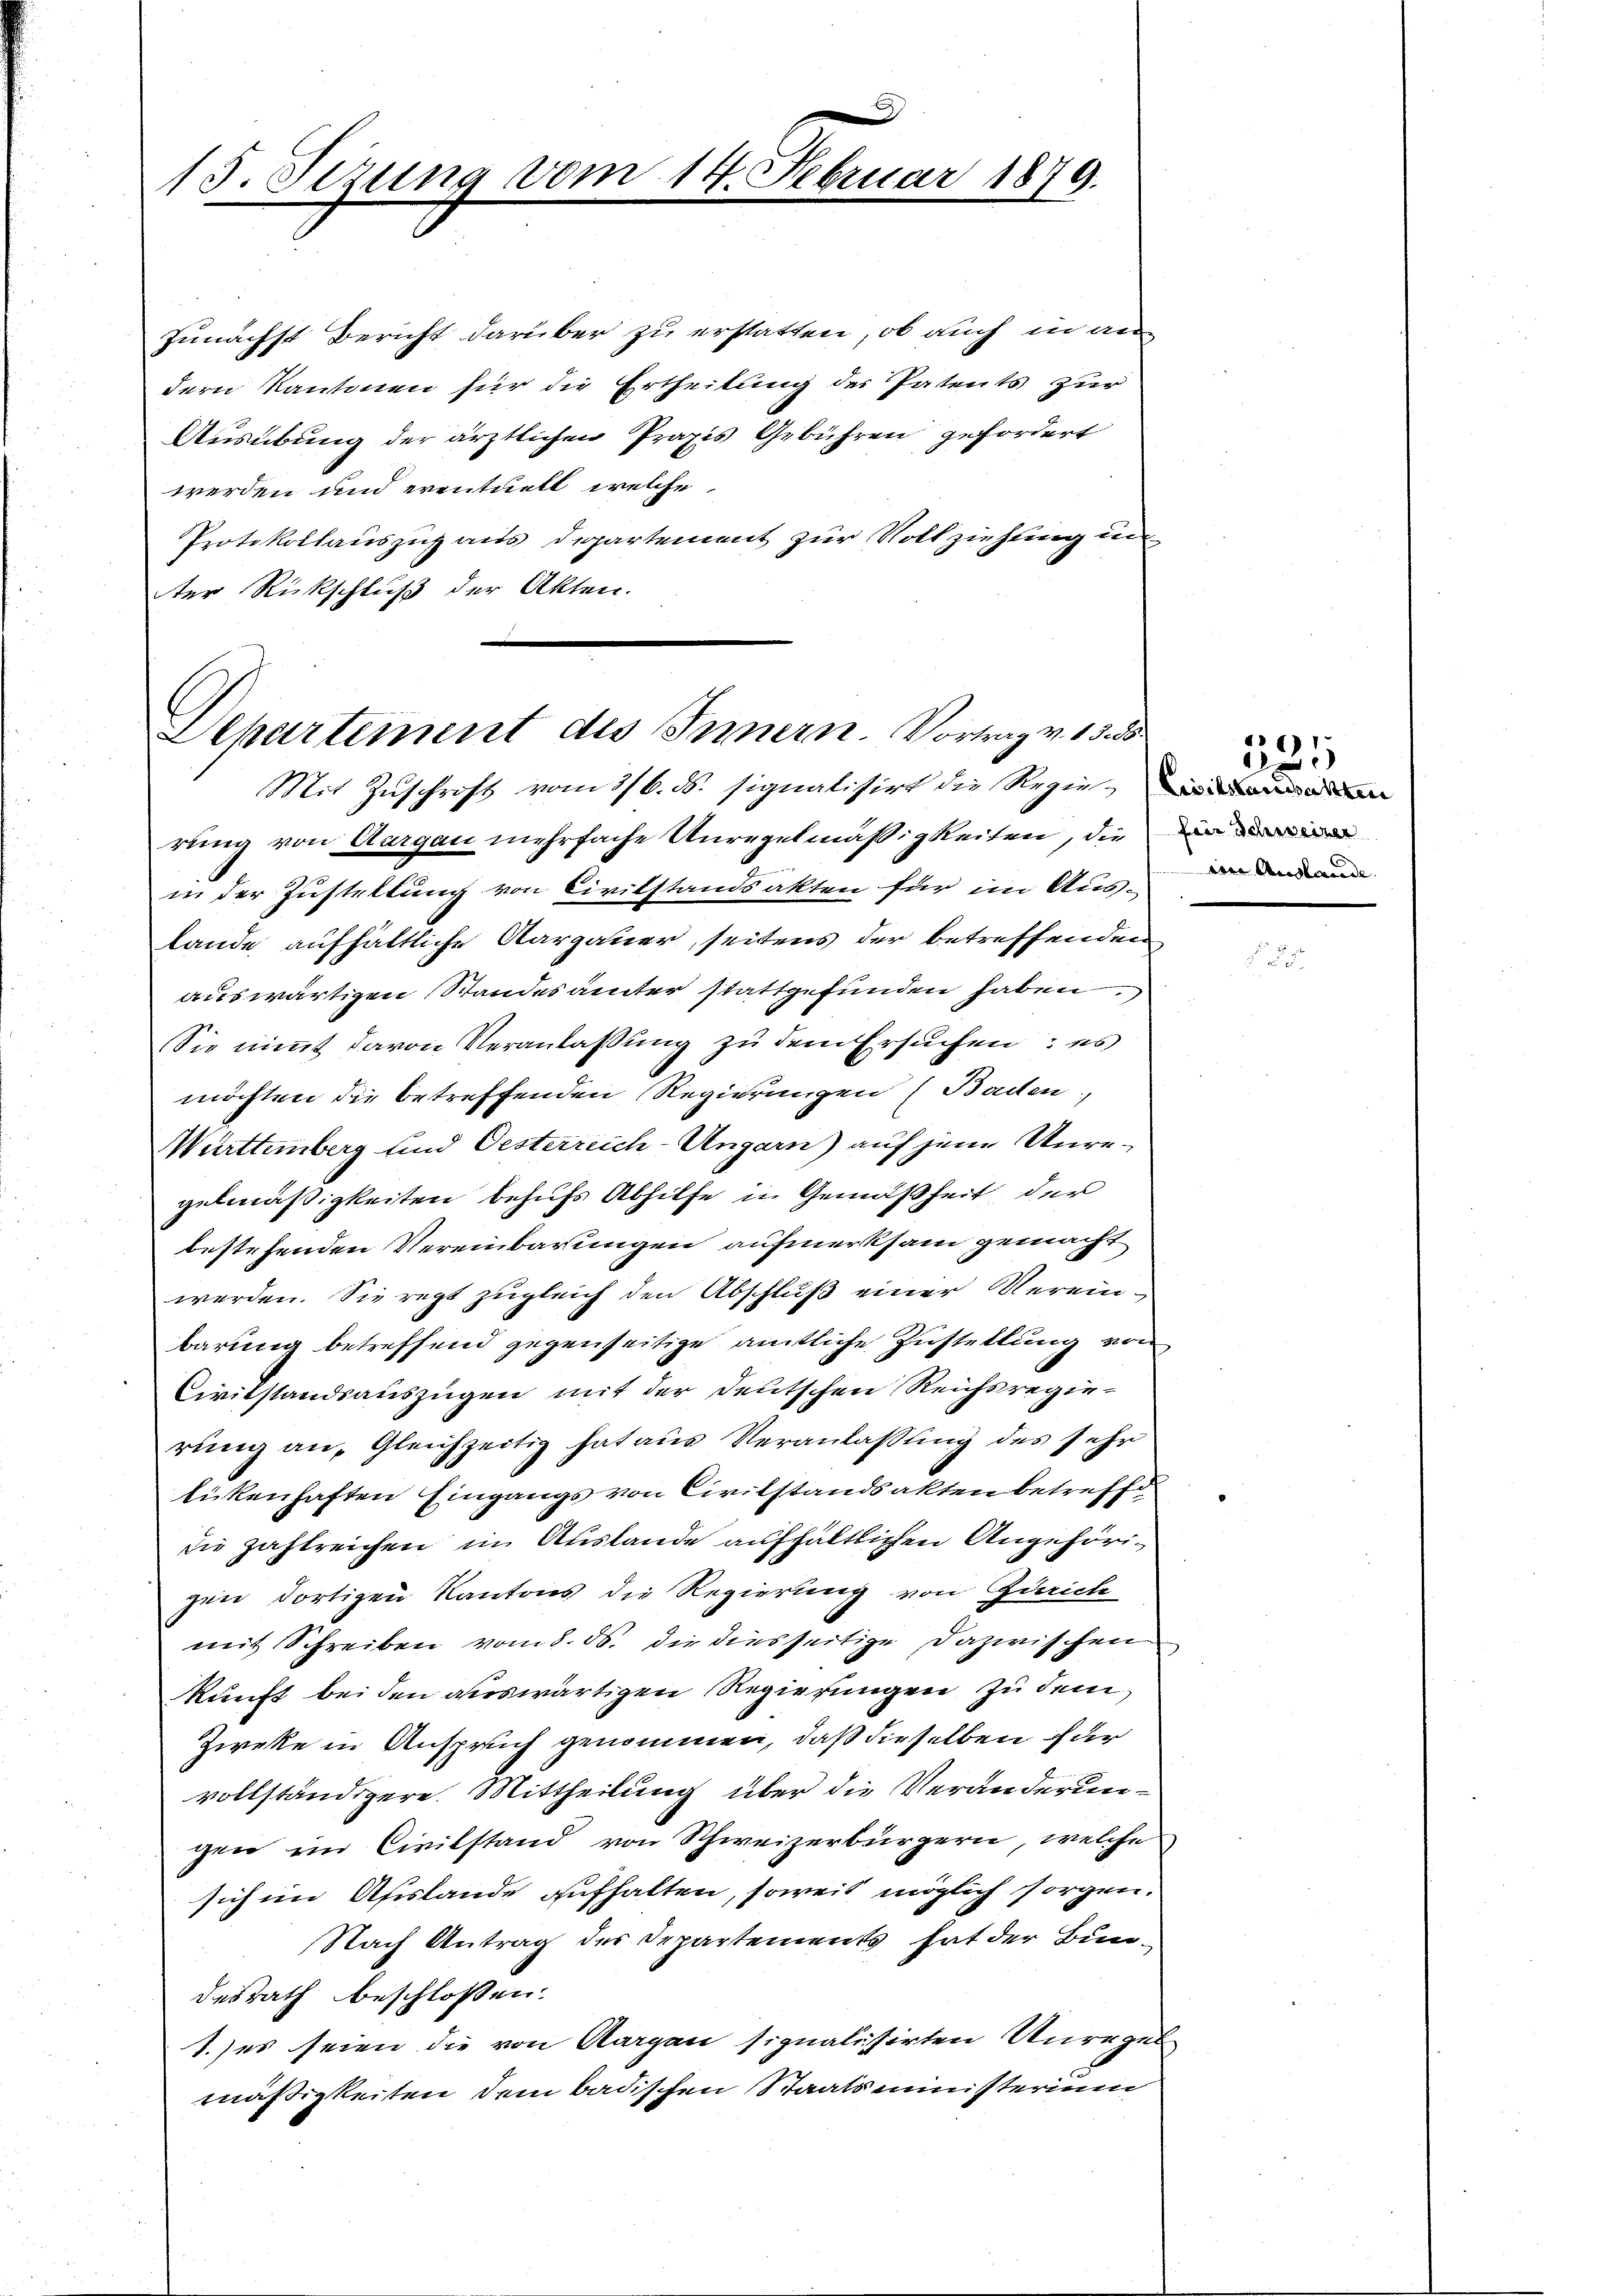
x
1 J. Sezung vom 14. Februar 1879.

zunächst Bericht darüber zu erstatten, ob auch in an
dern Kantonen für die Ertheilung der Patents zur
Ausübung der ärztlichen Praxis Gebühren gefordert
werden und eventuell, welche
Protokollauszug aus Departement zur Vollziehung un
ter Rückschluß der Akten.

Departement des Innern. Vortrag v. 13 d
Mit Zuschrift vom 3/6. ds. signalisirt die Regie¬

rung von Aargau mehrfache Unregelmäßigkeiten, die
in der Justellung von Civilstandsakten für im Aus-
lande aufhältliche Aargauer, seitens der betreffenden,
auswärtigen Standesamter stattgefunden haben.
Sie nimmt davon Veranlaßung zu dem Ersuchen: es
möchten die betreffenden Regierungen (Baden.
Württemberg und Oesterreich-Ungarn) auf jene Unregelmäßigkeiten behufs Abhilfe in Gemäßheit der
bestehenden Vereinbarungen aufmerksam gemacht
werden. Sie regt zugleich den Abschluß einer Vereinbarung betreffend gegenseitige amtliche Zustellung von
Civitstandsauszügen mit der Deutschen Reichsregierung an, Gleichzeitig hat aus Veranlassung des sehr
lickenhaften Eingangs von Civilstandsakten betreffe
die zahlreichen in Auslande aufhaltlichen Angehörigen dortigen Kantons die Regierung von Zürich
mit Schreiben vom 8. ds. die diesseitige Dazwischen
kunft bei den auswärtigen Regierungen zu dem
Zieke in Anspruch genommen, daß dieselben für
vollständigere. Mittheilung über die Veränderungen ein Civilstand von Schweizerbürgern, welche
sich im Afislande aufhalten, soweit möglich sorgen.
Nach Antrag des Departements hat der Bundesrath beschlossen:
1.) es seien die von Aargau signalisirten Unregel
mäßigkeiten dem badischen Staatsministerium

Ain Auslande

531